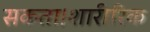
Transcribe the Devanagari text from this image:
सकता।शारीरिक